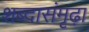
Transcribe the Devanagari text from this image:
शब्दासंमृढ़ा